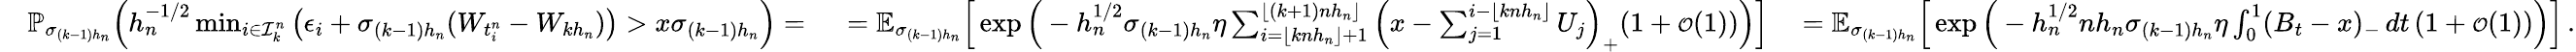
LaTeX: \begin{array}{rlrl}&{\mathbb{P}_{\sigma_{(k-1)h_{n}}}\Big(h_{n}^{-1/2}\operatorname*{min}_{i\in\mathcal{I}_{k}^{n}}\big(\epsilon_{i}+\sigma_{(k-1)h_{n}}(W_{t_{i}^{n}}-W_{kh_{n}})\big)>x\sigma_{(k-1)h_{n}}\Big)=\ }&{=\mathbb{E}_{\sigma_{(k-1)h_{n}}}\Big[\exp\Big(-h_{n}^{1/2}\sigma_{(k-1)h_{n}}\eta\sum_{i=\lfloor knh_{n}\rfloor+1}^{\lfloor(k+1)nh_{n}\rfloor}\Big(x-\sum_{j=1}^{i-\lfloor knh_{n}\rfloor}U_{j}\Big)_{+}(1+{\scriptstyle{\mathcal{O}}}(1))\Big)\Big]\ }&{=\mathbb{E}_{\sigma_{(k-1)h_{n}}}\Big[\exp\Big(-h_{n}^{1/2}nh_{n}\sigma_{(k-1)h_{n}}\eta\int_{0}^{1}(B_{t}-x)_{-}\, dt\, (1+{\scriptstyle{\mathcal{O}}}(1))\Big)\Big]\, .}\end{array}